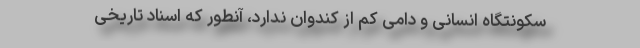
سکونتگاه انسانی و دامی کم از کندوان ندارد، آنطور که اسناد تاریخی